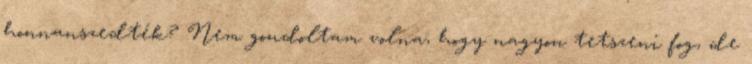
honnanszedték? Nem gondoltam volna, hogy nagyon tetszeni fog, de